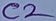
Text: C2